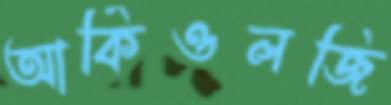
আর্কিওলজি